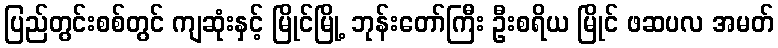
ပြည်တွင်းစစ်တွင် ကျဆုံးနှင့် မြိုင်မြို့ ဘုန်းတော်ကြီး ဦးစရိယ မြိုင် ဖဆပလ အမတ်